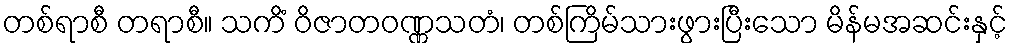
တစ်ရာစီ တရာစီ။ သကိံ ဝိဇာတဝဏ္ဏသတံ၊ တစ်ကြိမ်သားဖွားပြီးသော မိန်မအဆင်းနှင့်